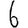
Digit: 6